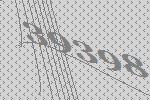
39398